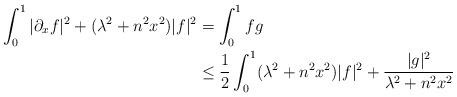
LaTeX: \begin{align*} \int_0^1 |\partial_xf|^2 + (\lambda^2+n^2x^2)|f|^2 &= \int_0^1 fg \\ &\leq \frac12 \int_0^1 (\lambda^2+n^2x^2)|f|^2 + \frac{|g|^2}{\lambda^2+n^2x^2} \end{align*}